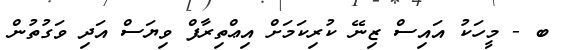
ބ - މީހަކު އައިސް ޒިނޭ ކުރިކަމަށް އިޢްތިރާފް ވިޔަސް އަދި ވަގުތުން